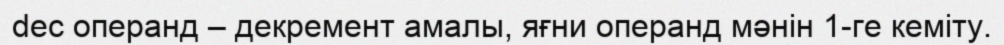
dec операнд – декремент амалы, яғни операнд мәнін 1-ге кеміту.